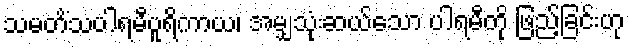
သမတိံသပါရမီပူရိကာယ၊ အမျှသုံးဆယ်သော ပါရမီကို ဖြည့်ခြင်းဟု